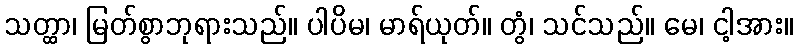
သတ္ထာ၊ မြတ်စွာဘုရားသည်။ ပါပိမ၊ မာရ်ယုတ်။ တွံ၊ သင်သည်။ မေ၊ ငါ့အား။